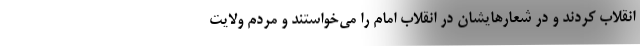
انقلاب کردند و در شعارهایشان در انقلاب امام را می‌خواستند و مردم ولایت